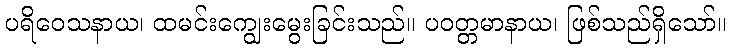
ပရိဝေသနာယ၊ ထမင်းကျွေးမွေးခြင်းသည်။ ပဝတ္တမာနာယ၊ ဖြစ်သည်ရှိသော်။